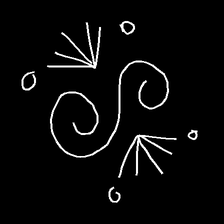
Glyph: aeroform